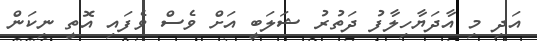
އަދި މި އާދަޔާހިލާފު ދަތުރު ޝަލަބީ އަށް ވެސް ވެފައި އޮތީ ނިކަން